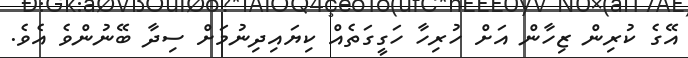
އޭގެ ކުރިން ޒިހާން އަށް ހުރިހާ ހަގީގަތެއް ކިޔައިދިނުމަށް ސިދާ ބޭނުންވެ އެވެ.